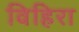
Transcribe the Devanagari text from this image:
विहिरा